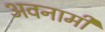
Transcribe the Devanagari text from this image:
अवनामी